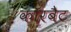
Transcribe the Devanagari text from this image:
कॉरबैट